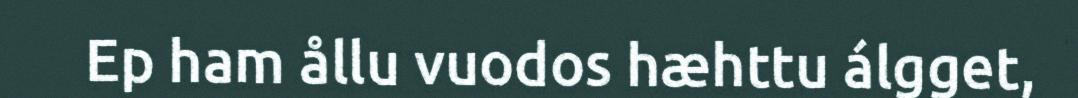
Ep ham ållu vuodos hæhttu álgget,